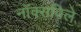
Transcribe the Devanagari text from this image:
नाॅक्सविले